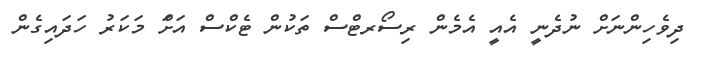
ދިވެހިންނަށް ނުދެނީ އެއީ އެމެން ރިސޯރޓްސް ތަކުން ޓެކްސް އަށަް މަކަރު ހަދައިގެން